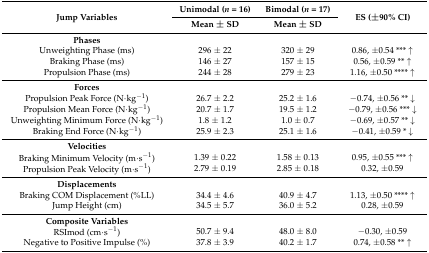
<table><thead><tr><td rowspan="2"><b>Jump Variables</b></td><td><b>Unimodal (<i>n</i> = 16)</b></td><td><b>Bimodal (<i>n</i> = 17)</b></td><td rowspan="2"><b>ES (±90% CI)</b></td></tr><tr><td><b>Mean ± SD</b></td><td><b>Mean ± SD</b></td></tr></thead><tbody><tr><td><b>Phases</b></td><td></td><td></td><td></td></tr><tr><td>Unweighting Phase (ms)</td><td>296 ± 22</td><td>320 ± 29</td><td>0.86, ±0.54 *** ↑</td></tr><tr><td>Braking Phase (ms)</td><td>146 ± 27</td><td>157 ± 15</td><td>0.56, ±0.59 ** ↑</td></tr><tr><td>Propulsion Phase (ms)</td><td>244 ± 28</td><td>279 ± 23</td><td>1.16, ±0.50 **** ↑</td></tr><tr><td><b>Forces</b></td><td></td><td></td><td></td></tr><tr><td>Propulsion Peak Force (N·kg<sup>−1</sup>)</td><td>26.7 ± 2.2</td><td>25.2 ± 1.6</td><td>−0.74, ±0.56 ** ↓</td></tr><tr><td>Propulsion Mean Force (N·kg<sup>−1</sup>)</td><td>20.7 ± 1.7</td><td>19.5 ± 1.2</td><td>−0.79, ±0.56 *** ↓</td></tr><tr><td>Unweighting Minimum Force (N·kg<sup>−1</sup>)</td><td>1.8 ± 1.2</td><td>1.0 ± 0.7</td><td>−0.69, ±0.57 ** ↓</td></tr><tr><td>Braking End Force (N·kg<sup>−1</sup>)</td><td>25.9 ± 2.3</td><td>25.1 ± 1.6</td><td>−0.41, ±0.59 * ↓</td></tr><tr><td><b>Velocities</b></td><td></td><td></td><td></td></tr><tr><td>Braking Minimum Velocity (m·s<sup>−1</sup>)</td><td>1.39 ± 0.22</td><td>1.58 ± 0.13</td><td>0.95, ±0.55 *** ↑</td></tr><tr><td>Propulsion Peak Velocity (m·s<sup>−1</sup>)</td><td>2.79 ± 0.19</td><td>2.85 ± 0.18</td><td>0.32, ±0.59</td></tr><tr><td><b>Displacements</b></td><td></td><td></td><td></td></tr><tr><td>Braking COM Displacement (%LL)</td><td>34.4 ± 4.6</td><td>40.9 ± 4.7</td><td>1.13, ±0.50 **** ↑</td></tr><tr><td>Jump Height (cm)</td><td>34.5 ± 5.7</td><td>36.0 ± 5.2</td><td>0.28, ±0.59</td></tr><tr><td><b>Composite Variables</b></td><td></td><td></td><td></td></tr><tr><td>RSImod (cm·s<sup>−1</sup>)</td><td>50.7 ± 9.4</td><td>48.0 ± 8.0</td><td>−0.30, ±0.59</td></tr><tr><td>Negative to Positive Impulse (%)</td><td>37.8 ± 3.9</td><td>40.2 ± 1.7</td><td>0.74, ±0.58 ** ↑</td></tr></tbody></table>